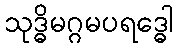
သုဒ္ဓိမဂ္ဂမပရဒ္ဓေါ